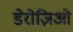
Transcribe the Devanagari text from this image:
डेरोज़िओ